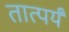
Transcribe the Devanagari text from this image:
तात्पर्यं